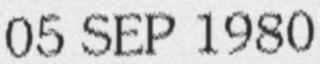
05 SEP 1980